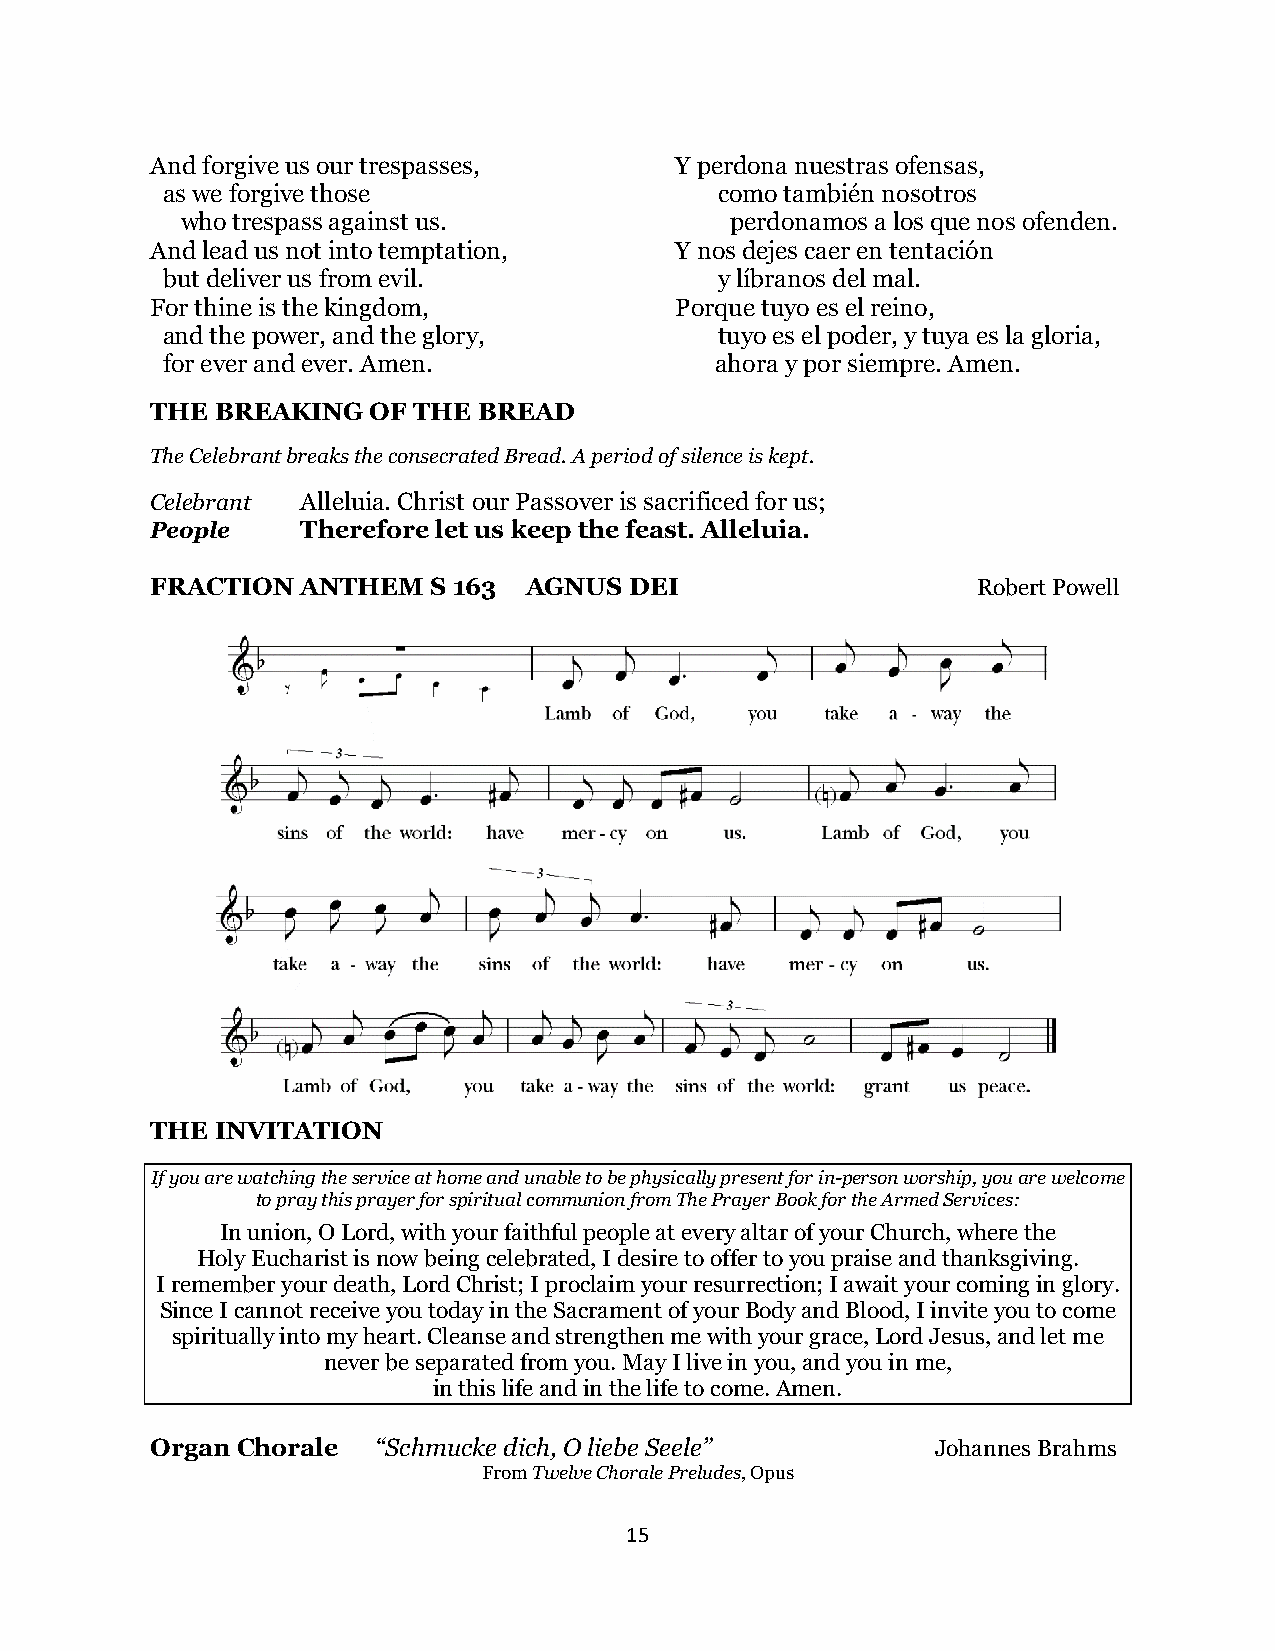
And forgive us our trespasses,     Y perdona nuestras ofensas,
 as we forgive those                  como también nosotros
 who trespass against us.            perdonamos a los que nos ofenden.
 And lead us not into temptation,   Y nos dejes caer en tentación
 but deliver us from evil.            y líbranos del mal.
 For thine is the kingdom,          Porque tuyo es el reino,
 and the power, and the glory,        tuyo es el poder, y tuya es la gloria,
 for ever and ever. Amen.            ahora y por siempre. Amen.
 THE BREAKING  OF THE  BREAD
 The Celebrant breaks the consecrated Bread. A period of silence is kept.
 Celebrant Alleluia. Christ our Passover is sacrificed for us;
 People    Therefore let us keep the feast. Alleluia.
 FRACTION  ANTHEM  S 163  AGNUS  DEI                    Robert Powell
 THE INVITATION
 If you are watching the service at home and unable to be physically present for in-person worship, you are welcome
 to pray this prayer for spiritual communion from The Prayer Book for the Armed Services:
 In union, O Lord, with your faithful people at every altar of your Church, where the
 Holy Eucharist is now being celebrated, I desire to offer to you praise and thanksgiving.
 I remember your death, Lord Christ; I proclaim your resurrection; I await your coming in glory.
 Since I cannot receive you today in the Sacrament of your Body and Blood, I invite you to come
 spiritually into my heart. Cleanse and strengthen me with your grace, Lord Jesus, and let me
 never be separated from you. May I live in you, and you in me,
 in this life and in the life to come. Amen.
 Organ Chorale  “Schmucke dich, O liebe Seele”       Johannes Brahms
 From Twelve Chorale Preludes, Opus
 15